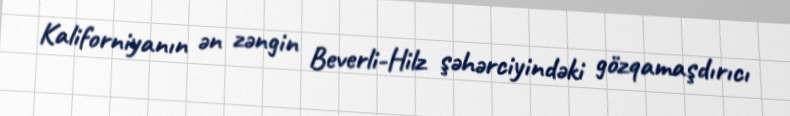
Kaliforniyanın ən zəngin Beverli-Hilz şəhərciyindəki gözqamaşdırıcı